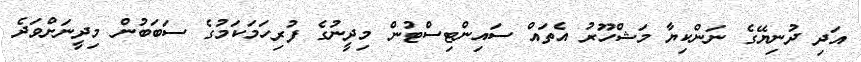
އަދި ދުނިޔޭގެ ނަންކިޔާ މަޝްހޫރު އެތައް ސައިންޓިސްޓުން މިދީނުގެ ފުރިހަމަކަމުގެ ސަބަބުން މިދީނަށްވަދެ